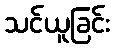
သင်ယူခြင်း